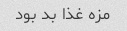
مزه غذا بد بود